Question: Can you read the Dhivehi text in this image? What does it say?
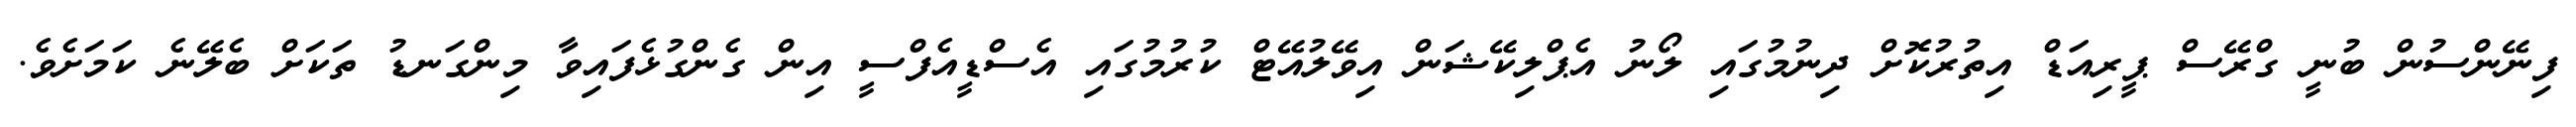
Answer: ފިނޭންސުން ބުނީ ގްރޭސް ޕީރިއަޑް އިތުރުކޮށް ދިނުމުގައި ލޯނު އެޕްލިކޭޝަން އިވޭލުއޭޓް ކުރުމުގައި އެސްޑީއެފްސީ އިން ގެންގުޅެފައިވާ މިންގަނޑު ތަކަށް ބެލޭނެ ކަމަށެވެ.